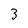
Character: 3